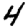
Digit: 4